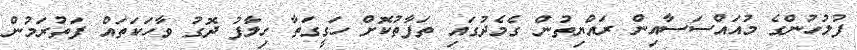
ފުލުހުންގެ މުއައްސަސާއިން ރައްޔިތުން ގެމެދުގައި ތަފާތުކޮށް ހަގީގަތާ ހިލާފު ދޮގު ވާހަކަތައް ފަތުރަމުން